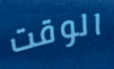
الوقت